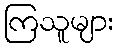
ကြသူများ